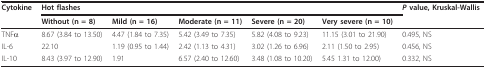
| Cytokine | <COLSPAN=5> Hot flashes | P value, Kruskal-Wallis |
 |  | Without (n = 8) | Mild (n = 16) | Moderate (n = 11) | Severe (n = 20) | Very severe (n = 10) |  |
 | --- | --- | --- | --- | --- | --- | --- |
 | TNFα | 8.67 (3.84 to 13.50) | 4.47 (1.84 to 7.35) | 5.42 (3.49 to 7.35) | 5.82 (4.08 to 9.23) | 11.15 (3.01 to 21.90) | 0.495, NS |
 | IL-6 | 22.10 | 1.19 (0.95 to 1.44) | 2.42 (1.13 to 4.31) | 3.02 (1.26 to 6.96) | 2.11 (1.50 to 2.95) | 0.456, NS |
 | IL-10 | 8.43 (3.97 to 12.90) | 1.91 | 6.57 (2.40 to 12.60) | 3.48 (1.08 to 10.20) | 5.45 1.31 to 12.00) | 0.332, NS |